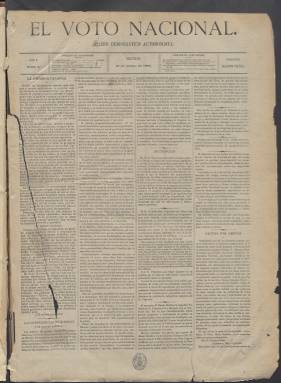
Título: El Voto nacional (Madrid. 1881)
Colección: Periódicos
Ámbito geográfico: Madrid
Lugar de publicación: Madrid
Fechas: 16/06/1881-11/02/1882